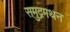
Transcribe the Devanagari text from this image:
समुद्रमथन